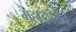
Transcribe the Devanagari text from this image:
महाडपर्यंत